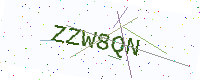
Text: ZZW8QN